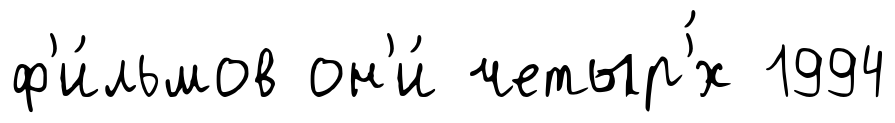
ф'и́льмов он'и́ четыр'́х 1994